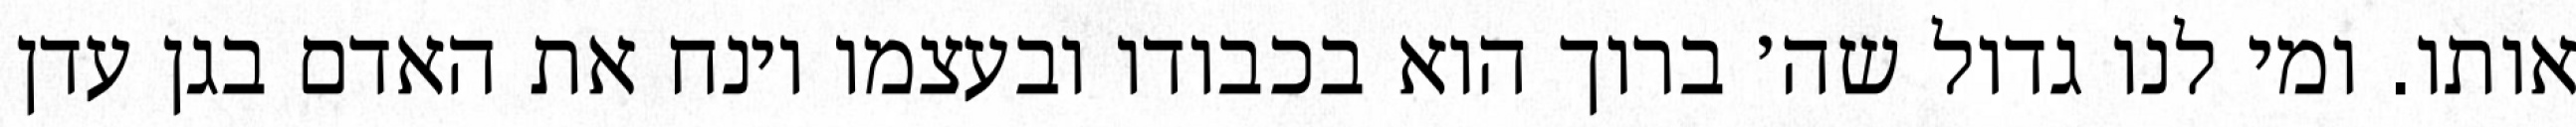
אותו. ומי לנו גדול שה׳ ברוך הוא בכבודו ובעצמו וינח את האדם בגן עדן